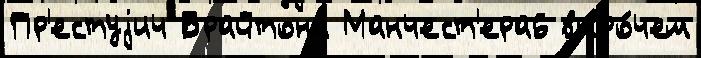
Пр'естуjич Брайтона Манчест'ера6 впро́чем